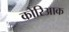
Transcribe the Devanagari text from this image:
कोरिआक